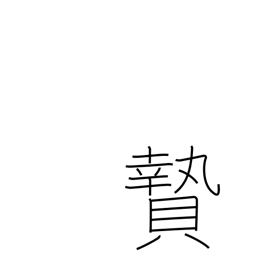
Meaning: sacrifice